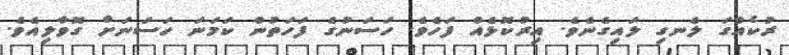
ރުކެއްގަ ލެނގި ލައިގެނެވެ. އިރުކޮޅެއް ފަހެވެ. ހަސަނުގެ ފަހަތުން ކަމަނަ ހަސަނަށް ގޮވާލިއެވެ.